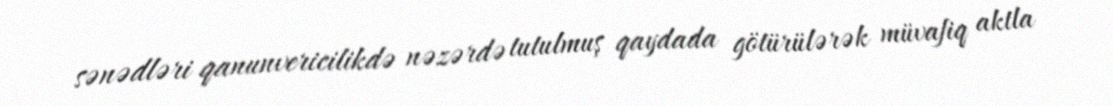
sənədləri qanunvericilikdə nəzərdə tutulmuş qaydada götürülərək müvafiq aktla